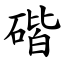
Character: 䃈